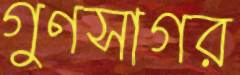
গুণসাগর